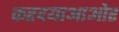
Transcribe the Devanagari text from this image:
करदयाआओर